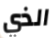
الذي